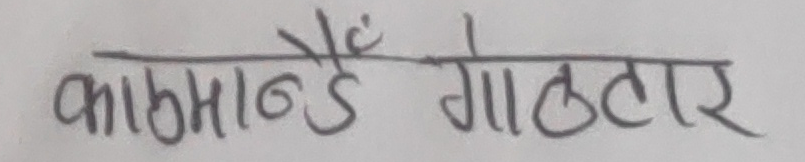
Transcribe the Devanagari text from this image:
काठमाडौं गोलटार